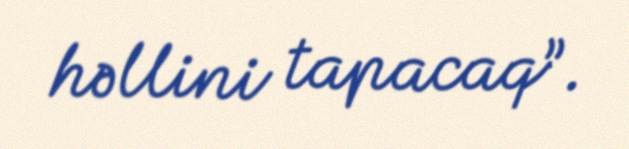
həllini tapacaq”.